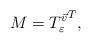
LaTeX: \begin{align*}M = {T^{\vec{v}}_\varepsilon}^T,\end{align*}